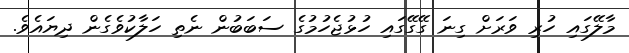
މާލޭގައި ހުރި ވަރަށް ގިނަ ގޭގޭގައި ހުޅުޖެހުމުގެ ސަބަބުން ނެތި ހަލާކުވެގެން ދިޔައެވެ.